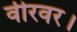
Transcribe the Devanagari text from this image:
वीरवर।